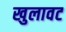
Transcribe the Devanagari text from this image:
खुलावट